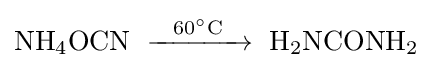
\mathrm {NH_{4}OCN\ \xrightarrow {\ \ 60^{\circ }C\ \ } \ H_{2}NCONH_{2}}